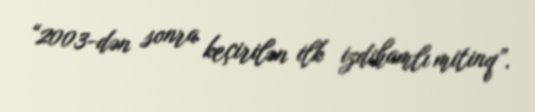
“2003-dən sonra keçirilən ilk izdihamlı mitinq”.